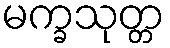
မက္ခသုတ္တ